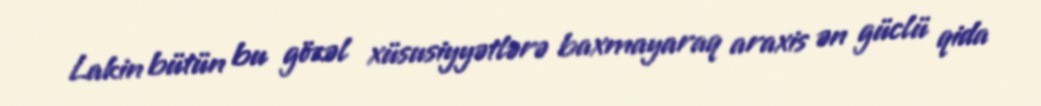
Lakin bütün bu gözəl xüsusiyyətlərə baxmayaraq araxis ən güclü qida